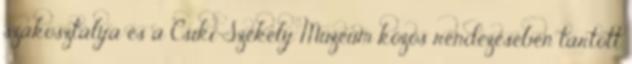
szakosztálya és a Csíki Székely Múzeum közös rendezésében tartott